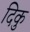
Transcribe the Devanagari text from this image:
दिकु